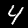
Digit: 4